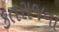
કતરાજના